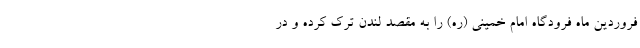
فروردین ماه فرودگاه امام خمینی (ره) را به مقصد لندن ترک کرده و در